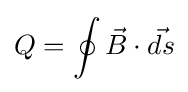
Q=\oint {\vec {B}}\cdot {\vec {ds}}